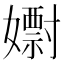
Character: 𡣋